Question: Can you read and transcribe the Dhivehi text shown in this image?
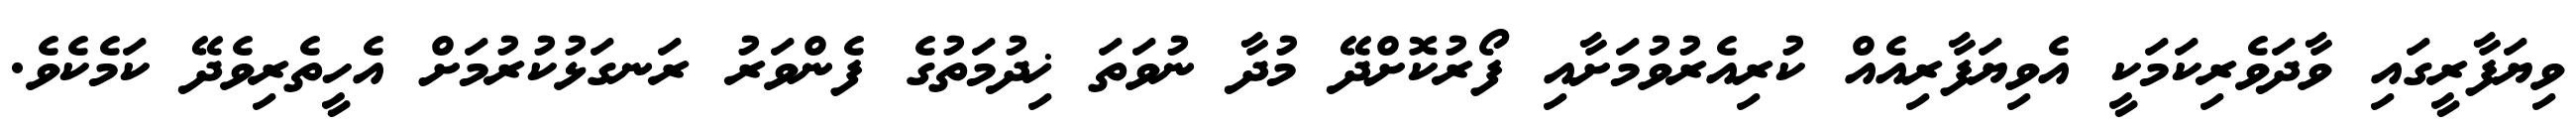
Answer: ވިޔަފާރީގައި ވާދަވެރިކަމަކީ އެވިޔަފާރިއެއް ކުރިއެރުވުމަށާއި ފޯރުކޮށްދޭ މުދާ ނުވަތަ ޚިދުމަތުގެ ފެންވަރު ރަނގަޅުކުރުމަށް އެހީތެރިވެދޭ ކަމެކެވެ.